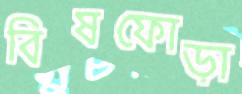
বিষফোড়া